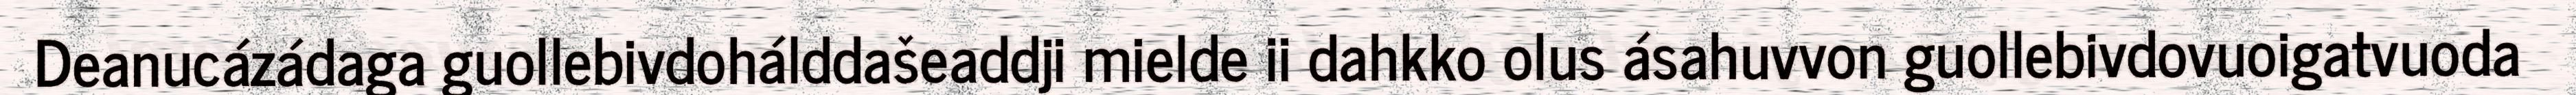
Deanucázádaga guollebivdohálddašeaddji mielde ii dahkko olus ásahuvvon guollebivdovuoigatvuoda